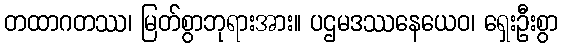
တထာဂတဿ၊ မြတ်စွာဘုရားအား။ ပဌမဒဿနေယေဝ၊ ရှေးဦးစွာ